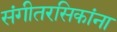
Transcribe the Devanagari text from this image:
संगीतरसिकांना